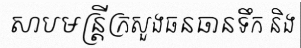
សាបមន្ត្រីក្រសួងធនធានទឹក និង